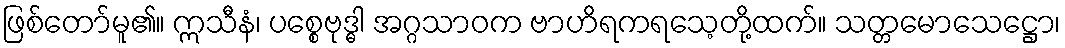
ဖြစ်တော်မူ၏။ ဣသီနံ၊ ပစ္စေဗုဒ္ဓါ အဂ္ဂသာဝက ဗာဟိရကရသေ့တို့ထက်။ သတ္တမောသေဋ္ဌော၊